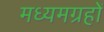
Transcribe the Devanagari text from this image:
मध्यमग्रहों